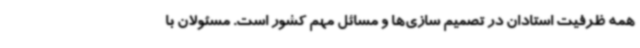
همه ظرفیت استادان در تصمیم سازی‌ها و مسائل مهم کشور است. مسئولان با